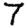
Digit: 7